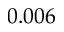
0 . 0 0 6